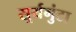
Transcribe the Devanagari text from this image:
सूर्यगुंटा